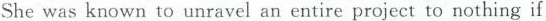
She was known to unravel an entire project to nothing if